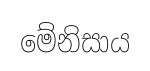
මේනිසාය